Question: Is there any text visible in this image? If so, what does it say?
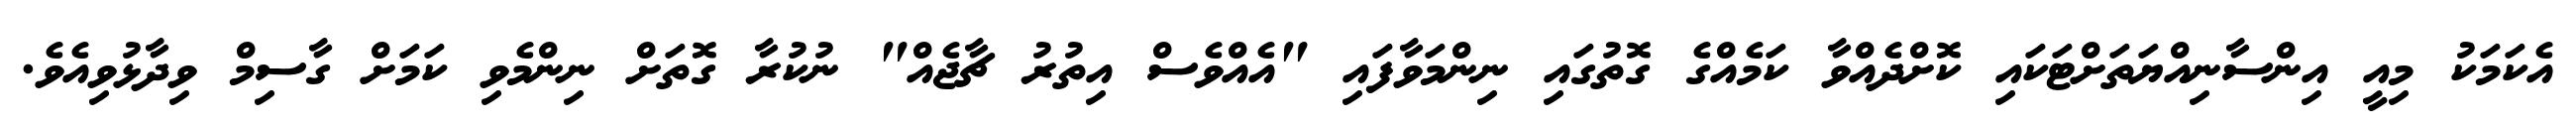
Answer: އެކަމަކު މިއީ އިންސާނިއްޔަތަށްޓަކައި ކޮށްދެއްވާ ކަމެއްގެ ގޮތުގައި ނިންމަވާފައި "އެއްވެސް އިތުރު ޗާޖެއް" ނުކުރާ ގޮތަށް ނިންމެވި ކަމަށް ގާސިމް ވިދާޅުވިއެވެ.